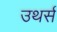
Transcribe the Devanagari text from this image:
उथर्स